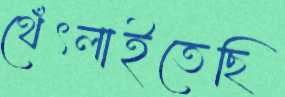
থেঁৎলাইতেছি